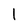
Character: l